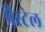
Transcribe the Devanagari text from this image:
पैस्टेल